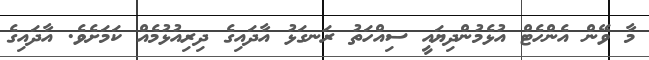
މާ ވޭން އެންހެޓް އުޅެމުންދިޔައީ ސިއްހަތު ރަނގަޅު އާދައިގެ ދިރިއުޅުމެއް ކަމަށެވެ. އާދައިގެ